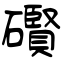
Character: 礥